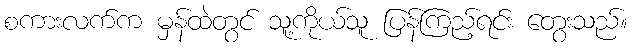
စကားလက်က မှန်ထဲတွင် သူ့ကိုယ်သူ ပြန်ကြည့်ရင်း တွေးသည်။